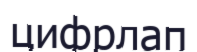
цифрлап